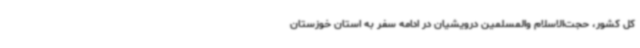
کل کشور، حجت‌الاسلام والمسلمین درویشیان در ادامه سفر به استان خوزستان